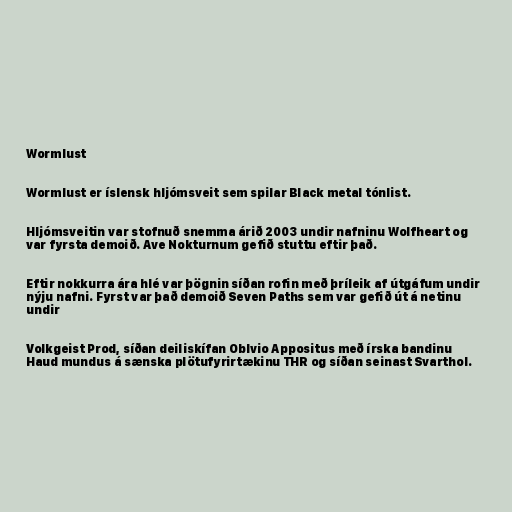
Wormlust

Wormlust er íslensk hljómsveit sem spilar Black metal tónlist.

Hljómsveitin var stofnuð snemma árið 2003 undir nafninu Wolfheart og
var fyrsta demoið. Ave Nokturnum gefið stuttu eftir það.

Eftir nokkurra ára hlé var þögnin síðan rofin með þríleik af útgáfum undir
nýju nafni. Fyrst var það demoið Seven Paths sem var gefið út á netinu
undir

Volkgeist Prod, síðan deiliskífan Oblvio Appositus með írska bandinu
Haud mundus á sænska plötufyrirtækinu THR og síðan seinast Svarthol.